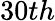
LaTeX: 30th